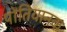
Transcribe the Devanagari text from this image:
पोंतियानक